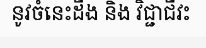
នូវចំនេះដឺង និង វិជ្ជាជីវះ